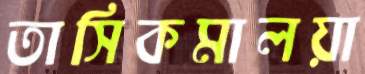
তাসিকমালয়া